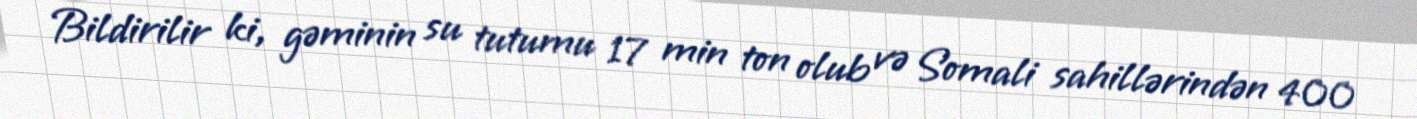
Bildirilir ki, gəminin su tutumu 17 min ton olub və Somali sahillərindən 400